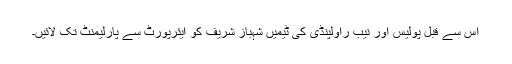
اس سے قبل پولیس اور نیب راولپنڈی کی ٹیمیں شہباز شریف کو ایئرپورٹ سے پارلیمنٹ تک لائیں۔